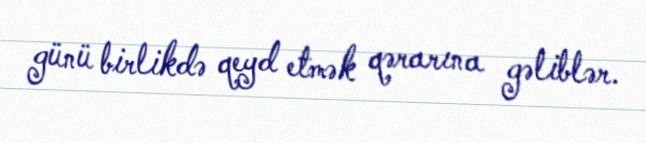
günü birlikdə qeyd etmək qərarına gəliblər.